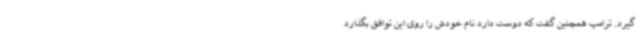
گیرد. ترامپ همچنین گفت که دوست دارد نام خودش را روی این توافق بگذارد